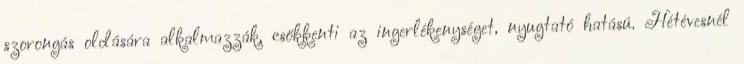
szorongás oldására alkalmazzák, csökkenti az ingerlékenységet, nyugtató hatású. Hétévesnél